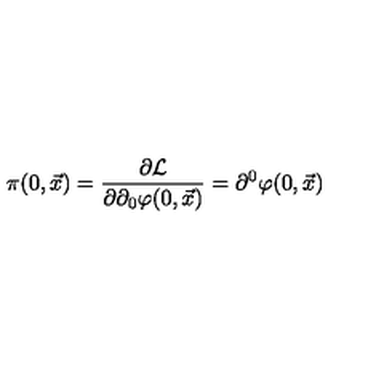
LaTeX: \pi ( 0 , \vec { x } ) = { \frac { \partial { \cal L } } { \partial \partial _ { 0 } \varphi ( 0 , \vec { x } ) } } = \partial ^ { 0 } \varphi ( 0 , { \vec { x } } )